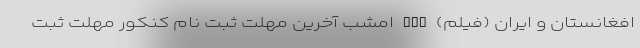
افغانستان و ایران (فیلم) nan امشب آخرین مهلت ثبت نام کنکور مهلت ثبت